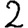
Digit: 2